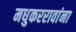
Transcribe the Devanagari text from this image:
मधुकररावांना